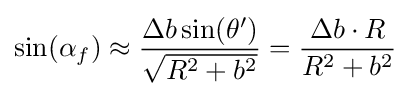
\sin(\alpha _{f})\approx {\frac {\Delta b\sin(\theta ')}{\sqrt {R^{2}+b^{2}}}}={\frac {\Delta b\cdot R}{R^{2}+b^{2}}}